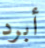
أبرد